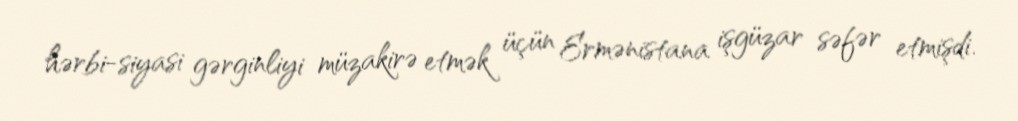
hərbi-siyasi gərginliyi müzakirə etmək üçün Ermənistana işgüzar səfər etmişdi.